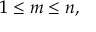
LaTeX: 1 \leq m \leq n ,